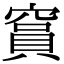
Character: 䆬